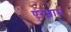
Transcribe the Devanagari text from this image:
एग्ज़ाम